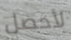
لأحصل